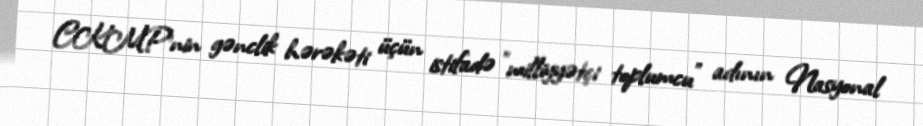
CKMP'nin gənclik hərəkəti üçün istifadə "milliyyətçi toplumcu" adının Nasyonal